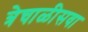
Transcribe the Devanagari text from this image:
त्रेचाळीसवा